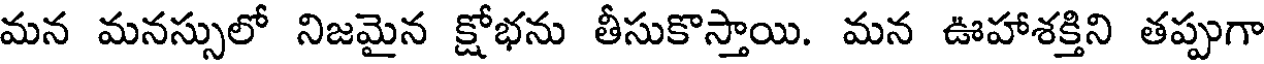
మన మనస్సులో నిజమైన క్షోభను తీసుకొస్తాయి. మన ఊహాశక్తిని తప్పుగా